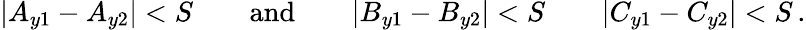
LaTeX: |A_{y1}-A_{y2}|<S\qquad\mathrm{and}\qquad|B_{y1}-B_{y2}|<S\qquad|C_{y1}-C_{y2}|<S\, .